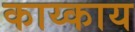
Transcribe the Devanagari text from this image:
काय्काय